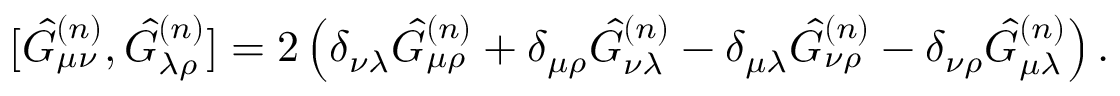
[ \hat { G } _ { \mu \nu } ^ { ( n ) } , \hat { G } _ { \lambda \rho } ^ { ( n ) } ] = 2 \left( \delta _ { \nu \lambda } \hat { G } _ { \mu \rho } ^ { ( n ) } + \delta _ { \mu \rho } \hat { G } _ { \nu \lambda } ^ { ( n ) } - \delta _ { \mu \lambda } \hat { G } _ { \nu \rho } ^ { ( n ) } - \delta _ { \nu \rho } \hat { G } _ { \mu \lambda } ^ { ( n ) } \right) .